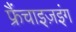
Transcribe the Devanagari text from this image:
फ्रैंचाइज़इंग